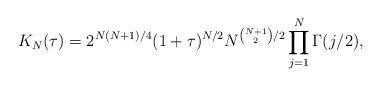
LaTeX: \begin{align*}K_N(\tau) = 2^{N(N+1)/4} (1+\tau)^{N/2} N^{\binom{N+1}{2}/2} \prod_{j=1}^{N} \Gamma(j/2),\end{align*}